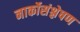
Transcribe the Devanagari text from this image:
नार्कोसंश्लेषण